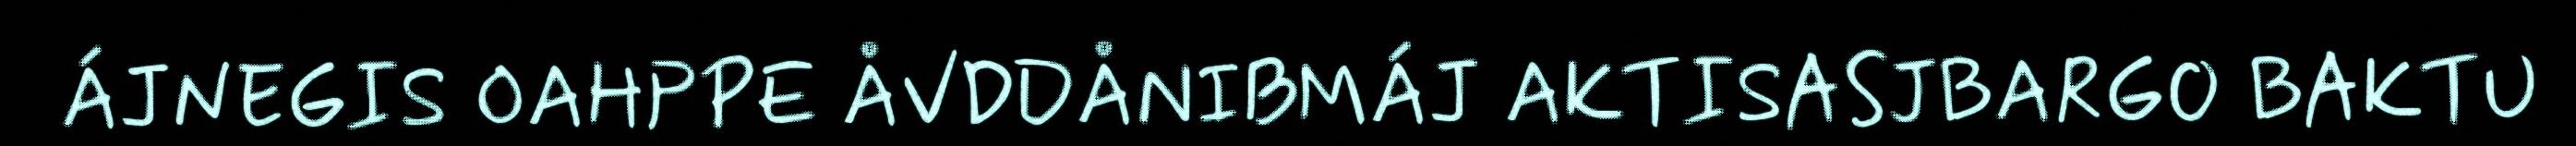
ÁJNEGIS OAHPPE ÅVDDÅNIBMÁJ AKTISASJBARGO BAKTU